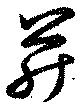
并